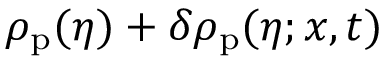
\rho _ { \mathrm { p } } ( \eta ) + \delta \rho _ { \mathrm { p } } ( \eta ; x , t )